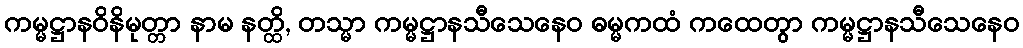
ကမ္မဋ္ဌာနဝိနိမုတ္တာ နာမ နတ္ထိ, တသ္မာ ကမ္မဋ္ဌာနသီသေနေဝ ဓမ္မကထံ ကထေတွာ ကမ္မဋ္ဌာနသီသေနေဝ